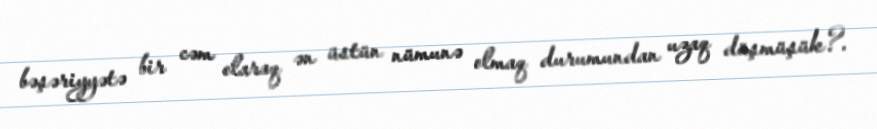
bəşəriyyətə bir cəm olaraq ən üstün nümunə olmaq durumundan uzaq düşmüşük?.